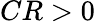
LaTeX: CR>0